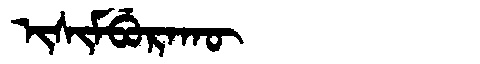
Manchu: ᡳᠰᡳᠮᠪᡠᡵᠠᡴᡡ
Romanization: ISIMBURAKŪ